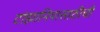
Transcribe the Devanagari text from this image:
टांझानियासाठीची